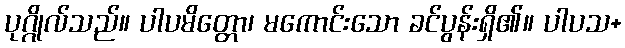
ပုဂ္ဂိုလ်သည်။ ပါပမိတ္တော၊ မကောင်းသော ခင်ပွန်းရှိ၏။ ပါပသ+